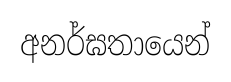
අනර්ඝතායෙන්